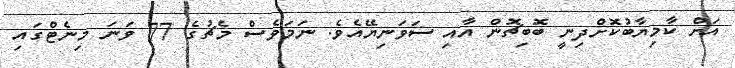
އަށް ކާމިޔާބުކޮށްދިނީ ބޮބިޗޮން އާއި ސަވަނިޔޭއެވެ. ނަމަވެސް މެޗުގެ 77 ވަނަ މިނެޓްގައި